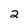
Character: 2